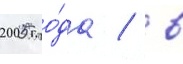
2005 го́да / в